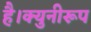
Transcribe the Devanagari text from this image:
है।क्युनीरूप